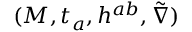
( M , t _ { a } , h ^ { a b } , \tilde { \nabla } )